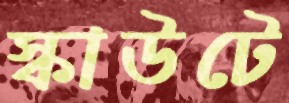
স্কাউটে